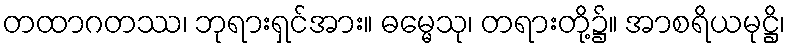
တထာဂတဿ၊ ဘုရားရှင်အား။ ဓမ္မေသု၊ တရားတို့၌။ အာစရိယမုဋ္ဌိ၊